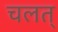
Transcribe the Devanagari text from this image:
चलत्